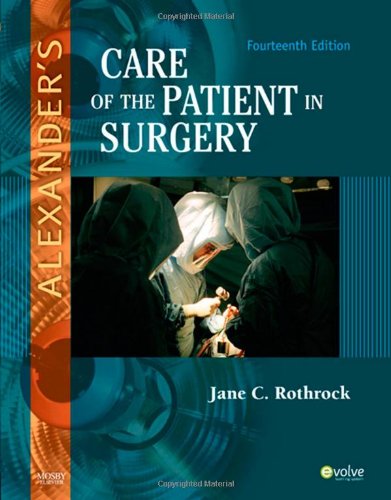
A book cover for Alexander's Care of the Patient in Surgery, 14e; Jane C. Rothrock PhD  RN  CNOR  FAAN; Medical Books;